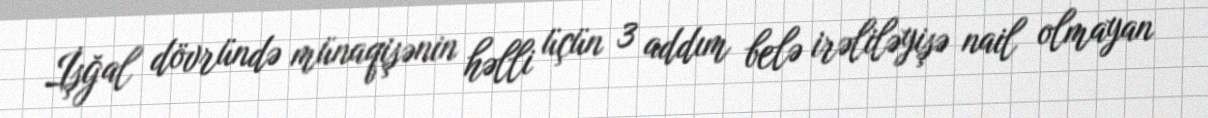
İşğal dövründə münaqişənin həlli üçün 3 addım belə irəliləyişə nail olmayan